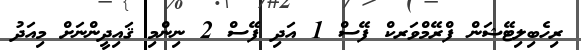
ރިހެބިލިޓޭޝަން ފްރޭމްވަރކް ފޭސް 1 އަދި ފޭސް 2 ނިންމި ޤައިދީންނަށް މިއަދު